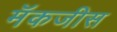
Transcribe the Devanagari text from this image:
मॅकजीस